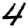
Digit: 4